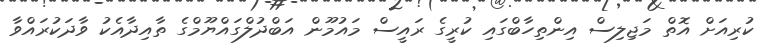
ކުރިއަށް އޮތް މަޖިލިސް އިންތިހާބްގައި ކުރީގެ ރައީސް މައުމޫން އަބްދުލްގައްޔޫމްގެ ތާއިދާއެކު ވާދަކުރައްވާ